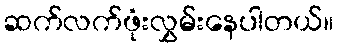
ဆက်လက်ဖုံးလွှမ်းနေပါတယ်။